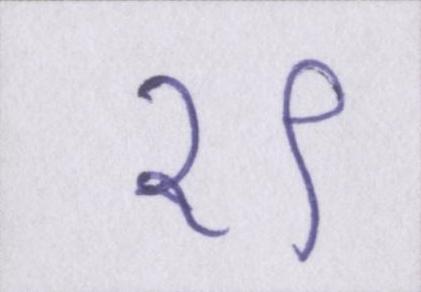
१९